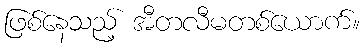
ဖြစ်နေသည့် အီတလီမတစ်ယောက်။